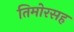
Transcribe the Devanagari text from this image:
तिमोरसह